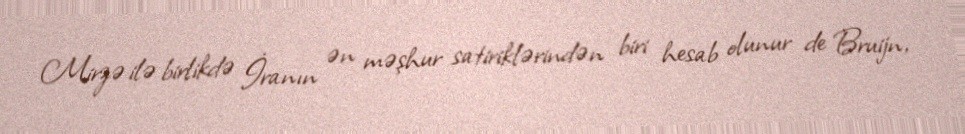
Mirzə ilə birlikdə İranın ən məşhur satiriklərindən biri hesab olunur de Bruijn,